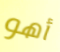
أهو